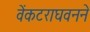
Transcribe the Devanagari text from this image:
वेंकटराघवनने